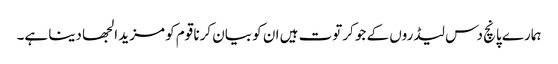
ہمارے پانچ دس لیڈروں کے جو کرتوت ہیں ان کو بیان کرنا قوم کو مزید الجھا دینا ہے۔